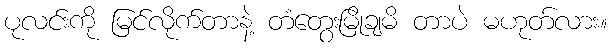
ပုလင်းကို မြင်လိုက်တာနဲ့ တံတွေးမြိုချမိ တာပဲ မဟုတ်လား။